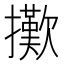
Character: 擹